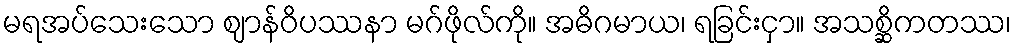
မရအပ်သေးသော ဈာန်ဝိပဿနာ မဂ်ဖိုလ်ကို။ အဓိဂမာယ၊ ရခြင်းငှာ။ အသစ္ဆိကတဿ၊